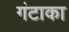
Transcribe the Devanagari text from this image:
गंटाका